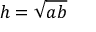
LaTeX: h = { \sqrt { a b } }